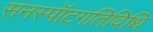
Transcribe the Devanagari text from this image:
सनस्पॉटगतिविधि